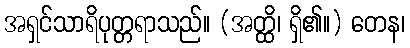
အရှင်သာရိပုတ္တရာသည်။ (အတ္ထိ၊ ရှိ၏။) တေန၊